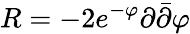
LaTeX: R=-2e^{-\varphi}\partial\bar{\partial}\varphi